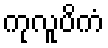
ကုလူပိကံ